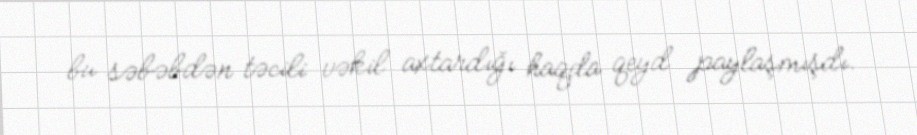
bu səbəbdən təcili vəkil axtardığı haqda qeyd paylaşmışdı.